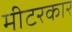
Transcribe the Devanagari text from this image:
मीटरकार